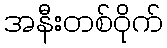
အနီးတစ်ဝိုက်